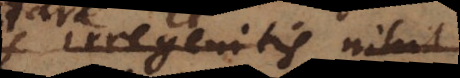
irregenitis fit